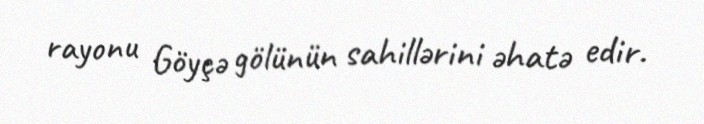
rayonu Göyçə gölünün sahillərini əhatə edir.